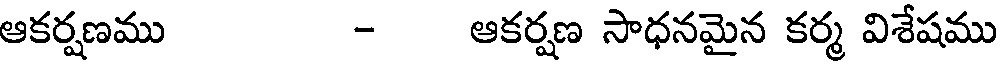
ఆకర్షణము - ఆకర్షణ సాధనమైన కర్మ విశేషము